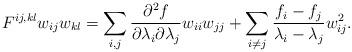
LaTeX: \begin{align*} F^{ij,kl}w_{ij}w_{kl}=\sum_{i,j}\frac{\partial^2f}{\partial \lambda_i\partial \lambda_j}w_{ii}w_{jj}+\sum_{i\neq j}\frac{f_i-f_j}{\lambda_i-\lambda_j}w^2_{ij}. \end{align*}